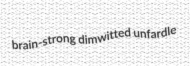
brain-strong dimwitted unfardle